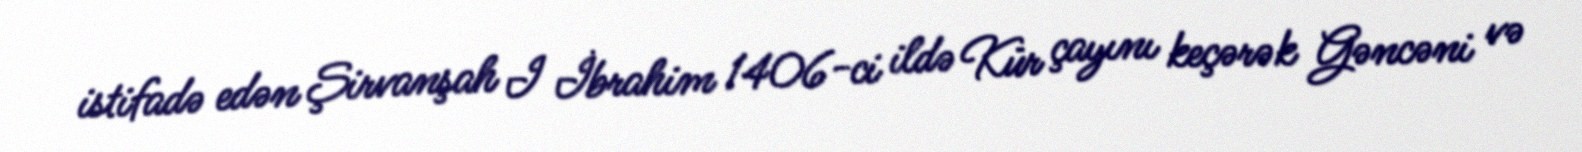
istifadə edən Şirvanşah I İbrahim 1406-ci ildə Kür çayını keçərək Gəncəni və